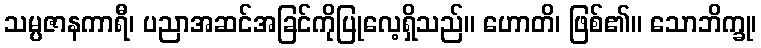
သမ္ပဇာနကာရီ၊ ပညာအဆင်အခြင်ကိုပြုလေ့ရှိသည်။ ဟောတိ၊ ဖြစ်၏။ သောဘိက္ခု၊